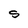
Character: S